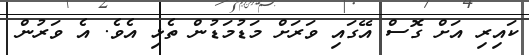
ކައިރި އަށް ގޮސް އޭގައި ވަރަށް މަޑުމަޑުން ތެޅި އެވެ. އެ ވަރުން